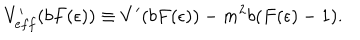
LaTeX: V _ { e f f } ^ { \prime } ( b F ( \epsilon ) ) \equiv V ^ { \prime } ( b F ( \epsilon ) ) - m ^ { 2 } b ( F ( \epsilon ) - 1 ) .